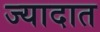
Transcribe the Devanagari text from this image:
ज्यादात